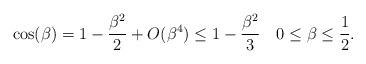
LaTeX: \begin{align*}\cos(\beta)=1-\frac{\beta^2}{2}+O(\beta^4)\le1-\frac{\beta^2}{3}\quad0\le\beta\le\frac12.\end{align*}